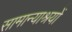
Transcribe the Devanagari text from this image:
सामान्याश्रयों